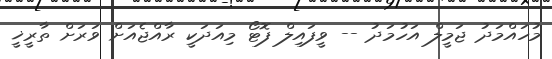
މުހައްމަދު ޖަމީލް އަހުމަދު -- ވީފައިލް ފޮޓޯ މިއަދަކީ ރާއްޖެއަށް ވަރަށް ތާރީޚީ